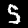
Digit: 5